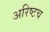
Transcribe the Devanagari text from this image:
अरिष्टच